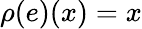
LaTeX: \rho(e)(x)=x